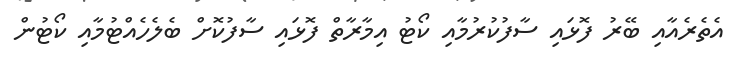
އެތެރެއާއި ބޭރު ފޮޅައި ސާފުކުރުމާއި ކޯޓު އިމާރާތް ފޮޅައި ސާފުކޮށް ބެލެހެއްޓުމާއި ކޯޓުން